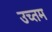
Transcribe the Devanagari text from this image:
उच्तम